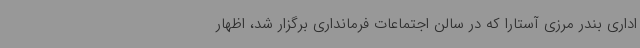
اداری بندر مرزی آستارا که در سالن اجتماعات فرمانداری برگزار شد، اظهار